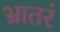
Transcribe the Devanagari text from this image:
भ्रातरं